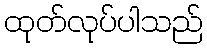
ထုတ်လုပ်ပါသည်